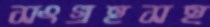
সংগ্রহসহ